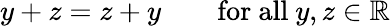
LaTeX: y+z=z+y\qquad{\mathrm{for~all~}}y,z\in\mathbb{R}